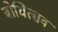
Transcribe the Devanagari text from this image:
बोधित्सव